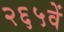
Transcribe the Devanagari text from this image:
२६५वें